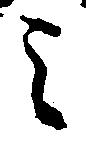
之